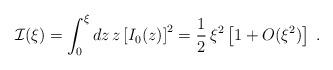
LaTeX: \begin{align*}{\mathcal I} ( \xi )=\int_{0}^{ \xi } d z \, z \left[ I_{0} (z) \right]^{2} = \frac{1}{2}\, \xi^{2}\left[ 1 +O( \xi^2) \right] \; .\end{align*}